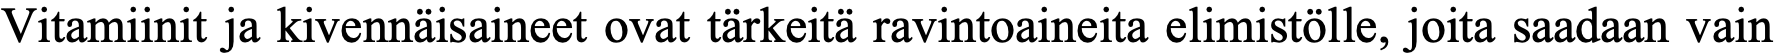
Vitamiinit ja kivennäisaineet ovat tärkeitä ravintoaineita elimistölle, joita saadaan vain